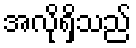
အလိုရှိသည်